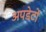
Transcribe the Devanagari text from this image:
अपडेटों